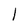
Character: l